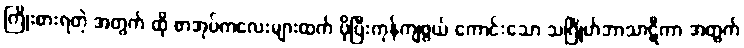
ကြိုးစားရတဲ့ အတွက် ထို စာအုပ်ကလေးများထက် ပိုပြီးကုန်ကျဖွယ် ကောင်းသော သင်္ဂြိုဟ်ဘာသာဋီကာ အတွက်